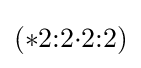
(*2{:}2{\cdot }2{:}2)